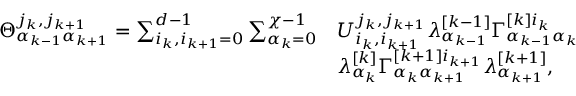
\begin{array} { r l } { \Theta _ { \alpha _ { k - 1 } \alpha _ { k + 1 } } ^ { j _ { k } , j _ { k + 1 } } = \sum _ { i _ { k } , i _ { k + 1 } = 0 } ^ { d - 1 } \sum _ { \alpha _ { k } = 0 } ^ { \chi - 1 } } & { U _ { i _ { k } , i _ { k + 1 } } ^ { j _ { k } , j _ { k + 1 } } \lambda _ { \alpha _ { k - 1 } } ^ { [ k - 1 ] } \Gamma _ { \alpha _ { k - 1 } \alpha _ { k } } ^ { [ k ] i _ { k } } } \\ & { \lambda _ { \alpha _ { k } } ^ { [ k ] } \Gamma _ { \alpha _ { k } \alpha _ { k + 1 } } ^ { [ k + 1 ] i _ { k + 1 } } \lambda _ { \alpha _ { k + 1 } } ^ { [ k + 1 ] } , } \end{array}